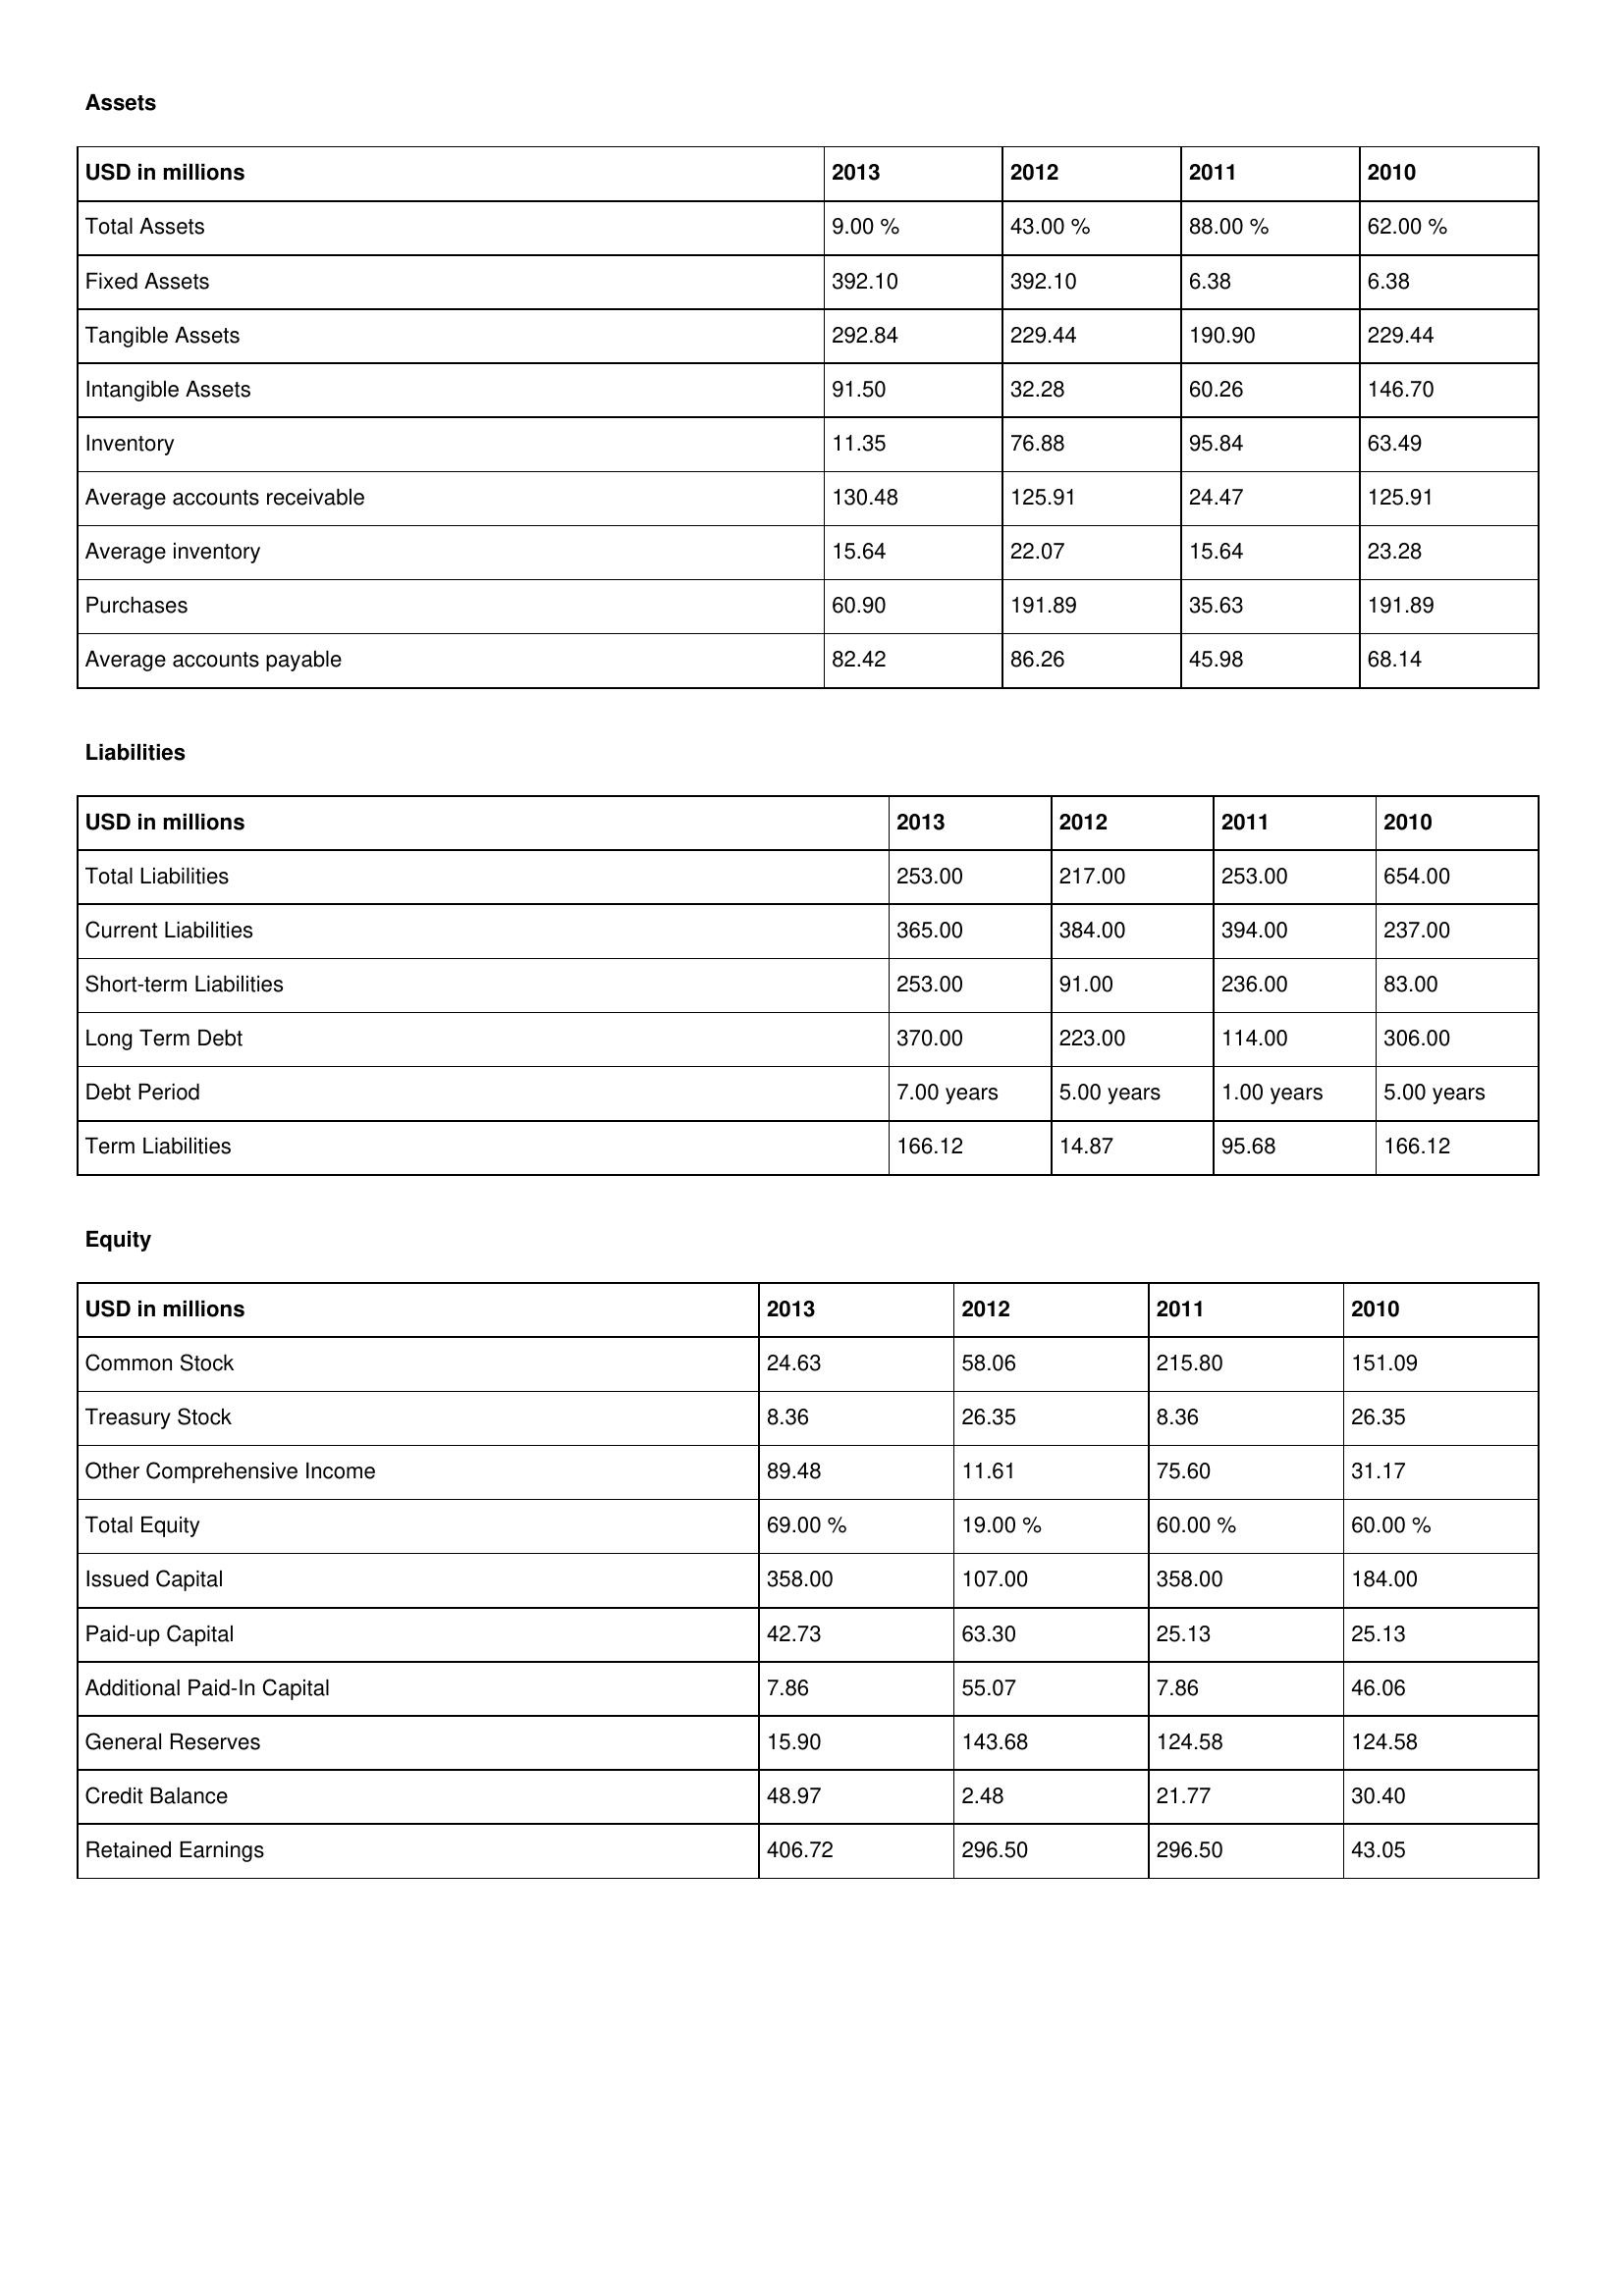
gt_parse: 2013: Assets: Total Assets: 9.00 %
Fixed Assets: 392.10
Tangible Assets: 292.84
Intangible Assets: 91.50
Inventory: 11.35
Average accounts receivable: 130.48
Average inventory: 15.64
Purchases: 60.90
Average accounts payable: 82.42
Liabilities: Total Liabilities: 253.00
Current Liabilities: 365.00
Short-term Liabilities: 253.00
Long Term Debt: 370.00
Debt Period: 7.00 years
Term Liabilities: 166.12
Equity: Common Stock: 24.63
Treasury Stock: 8.36
Other Comprehensive Income: 89.48
Total Equity: 69.00 %
Issued Capital: 358.00
Paid-up Capital: 42.73
Additional Paid-In Capital: 7.86
General Reserves: 15.90
Credit Balance: 48.97
Retained Earnings: 406.72
2012: Assets: Total Assets: 43.00 %
Fixed Assets: 392.10
Tangible Assets: 229.44
Intangible Assets: 32.28
Inventory: 76.88
Average accounts receivable: 125.91
Average inventory: 22.07
Purchases: 191.89
Average accounts payable: 86.26
Liabilities: Total Liabilities: 217.00
Current Liabilities: 384.00
Short-term Liabilities: 91.00
Long Term Debt: 223.00
Debt Period: 5.00 years
Term Liabilities: 14.87
Equity: Common Stock: 58.06
Treasury Stock: 26.35
Other Comprehensive Income: 11.61
Total Equity: 19.00 %
Issued Capital: 107.00
Paid-up Capital: 63.30
Additional Paid-In Capital: 55.07
General Reserves: 143.68
Credit Balance: 2.48
Retained Earnings: 296.50
2011: Assets: Total Assets: 88.00 %
Fixed Assets: 6.38
Tangible Assets: 190.90
Intangible Assets: 60.26
Inventory: 95.84
Average accounts receivable: 24.47
Average inventory: 15.64
Purchases: 35.63
Average accounts payable: 45.98
Liabilities: Total Liabilities: 253.00
Current Liabilities: 394.00
Short-term Liabilities: 236.00
Long Term Debt: 114.00
Debt Period: 1.00 years
Term Liabilities: 95.68
Equity: Common Stock: 215.80
Treasury Stock: 8.36
Other Comprehensive Income: 75.60
Total Equity: 60.00 %
Issued Capital: 358.00
Paid-up Capital: 25.13
Additional Paid-In Capital: 7.86
General Reserves: 124.58
Credit Balance: 21.77
Retained Earnings: 296.50
2010: Assets: Total Assets: 62.00 %
Fixed Assets: 6.38
Tangible Assets: 229.44
Intangible Assets: 146.70
Inventory: 63.49
Average accounts receivable: 125.91
Average inventory: 23.28
Purchases: 191.89
Average accounts payable: 68.14
Liabilities: Total Liabilities: 654.00
Current Liabilities: 237.00
Short-term Liabilities: 83.00
Long Term Debt: 306.00
Debt Period: 5.00 years
Term Liabilities: 166.12
Equity: Common Stock: 151.09
Treasury Stock: 26.35
Other Comprehensive Income: 31.17
Total Equity: 60.00 %
Issued Capital: 184.00
Paid-up Capital: 25.13
Additional Paid-In Capital: 46.06
General Reserves: 124.58
Credit Balance: 30.40
Retained Earnings: 43.05